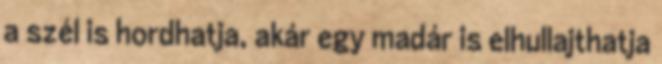
a szél is hordhatja, akár egy madár is elhullajthatja